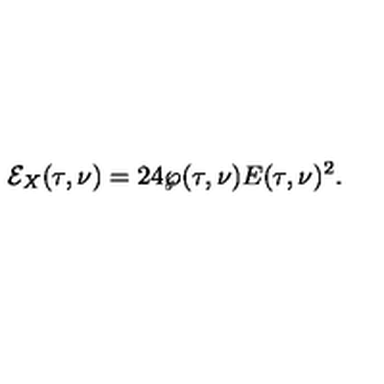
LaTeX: \mathcal { E } _ { X } ( \tau , \nu ) = 2 4 \wp ( \tau , \nu ) E ( \tau , \nu ) ^ { 2 } .